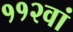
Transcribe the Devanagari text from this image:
११२वां